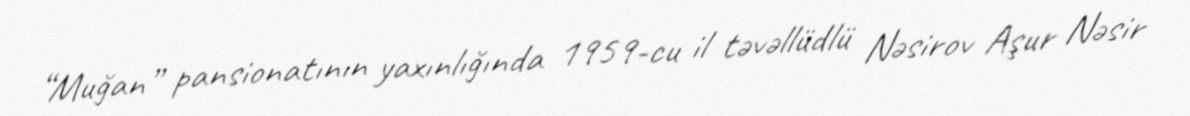
“Muğan” pansionatının yaxınlığında 1959-cu il təvəllüdlü Nəsirov Aşur Nəsir